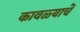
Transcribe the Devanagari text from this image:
कावळ्याचें